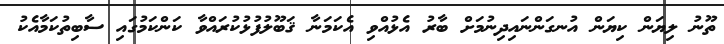
ތޫނު ލިޔަން ކިޔަން އުނގަންނައިދިނުމަށް ބާރު އެޅުއްވި އެކަމަނާ ޤަބޫލުފުޅުކުރައްވާ ކަންކަމުގައި ސާބިތުކަމާއެކު